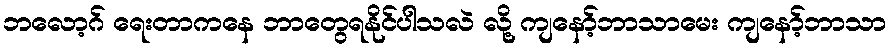
ဘလော့ဂ် ရေးတာကနေ ဘာတွေရနိုင်ပါသလဲ လို့ ကျနော့်ဘာသာမေး ကျနော့်ဘာသာ